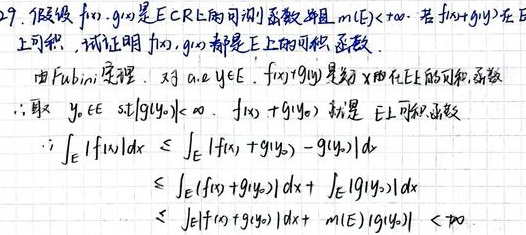
9. 假设 \(f, g\) 是 \(E \subset \mathbb{R}^n\) 上的可测函数且 \(m(E)<+\infty\). 若 \(f + g\) 在 \(E\) 上可积, 试证明 \(f, g\) 都是 \(E\) 上的可积函数.

由 Fubini 定理, 对 a.e. \(y \in E\), \(f(x)+g(y)\) 是关于 \(x\) 在 \(E\) 的可测函数.
\(\therefore \exists y_0 \in E\) s.t \(|g(y_0)|<+\infty\). \(f(x)+g(y_0)\) 就是 \(E\) 上可积函数.
\(\because \int_E|f(x)|dx\leqslant\int_E|f(x)+g(y_0)-g(y_0)|dx\)
\(\leqslant\int_E|f(x)+g(y_0)|dx+\int_E|g(y_0)|dx\)
\(\leqslant\int_E|f(x)+g(y_0)|dx + m(E)|g(y_0)|<+\infty\)